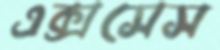
এক্সসেস